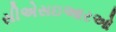
સીએસઇઆરઓ